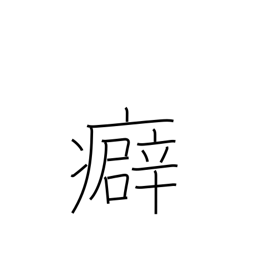
Meaning: kink